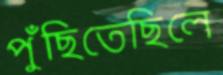
পুঁছিতেছিলে